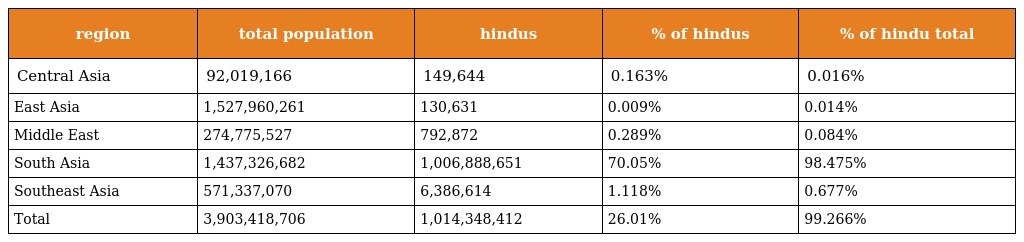
| region | total population | hindus | % of hindus | % of hindu total |
 | --- | --- | --- | --- | --- |
 | Central Asia | 92,019,166 | 149,644 | 0.163% | 0.016% |
 | East Asia | 1,527,960,261 | 130,631 | 0.009% | 0.014% |
 | Middle East | 274,775,527 | 792,872 | 0.289% | 0.084% |
 | South Asia | 1,437,326,682 | 1,006,888,651 | 70.05% | 98.475% |
 | Southeast Asia | 571,337,070 | 6,386,614 | 1.118% | 0.677% |
 | Total | 3,903,418,706 | 1,014,348,412 | 26.01% | 99.266% |